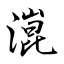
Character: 潉